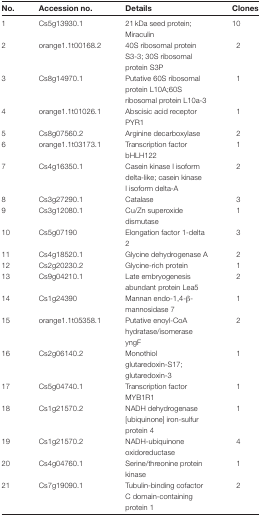
<table><thead><tr><td><b>No.</b></td><td><b>Accession no.</b></td><td><b>Details</b></td><td><b>Clones</b></td></tr></thead><tbody><tr><td>1</td><td>Cs5g13930.1</td><td>21kDa seed protein; Miraculin</td><td>10</td></tr><tr><td>2</td><td>orange1.1t00168.2</td><td>40S ribosomal protein S3-3; 30S ribosomal protein S3P</td><td>2</td></tr><tr><td>3</td><td>Cs8g14970.1</td><td>Putative 60S ribosomal protein L10A;60S ribosomal protein L10a-3</td><td>1</td></tr><tr><td>4</td><td>orange1.1t01026.1</td><td>Abscisic acid receptor PYR1</td><td>1</td></tr><tr><td>5</td><td>Cs8g07560.2</td><td>Arginine decarboxylase</td><td>2</td></tr><tr><td>6</td><td>orange1.1t03173.1</td><td>Transcription factor bHLH122</td><td>1</td></tr><tr><td>7</td><td>Cs4g16350.1</td><td>Casein kinase I isoform delta-like; casein kinase I isoform delta-A</td><td>2</td></tr><tr><td>8</td><td>Cs3g27290.1</td><td>Catalase</td><td>3</td></tr><tr><td>9</td><td>Cs3g12080.1</td><td>Cu/Zn superoxide dismutase</td><td>1</td></tr><tr><td>10</td><td>Cs5g07190</td><td>Elongation factor 1-delta 2</td><td>3</td></tr><tr><td>11</td><td>Cs4g18520.1</td><td>Glycine dehydrogenase A</td><td>2</td></tr><tr><td>12</td><td>Cs2g20230.2</td><td>Glycine-rich protein</td><td>1</td></tr><tr><td>13</td><td>Cs9g04210.1</td><td>Late embryogenesis abundant protein Lea5</td><td>2</td></tr><tr><td>14</td><td>Cs1g24390</td><td>Mannan endo-1,4-β- mannosidase 7</td><td>1</td></tr><tr><td>15</td><td>orange1.1t05358.1</td><td>Putative enoyl-CoA hydratase/isomerase yngF</td><td>2</td></tr><tr><td>16</td><td>Cs2g06140.2</td><td>Monothiol glutaredoxin-S17; glutaredoxin-3</td><td>1</td></tr><tr><td>17</td><td>Cs5g04740.1</td><td>Transcription factor MYB1R1</td><td>1</td></tr><tr><td>18</td><td>Cs1g21570.2</td><td>NADH dehydrogenase [ubiquinone] iron-sulfur protein 4</td><td>1</td></tr><tr><td>19</td><td>Cs1g21570.2</td><td>NADH-ubiquinone oxidoreductase</td><td>4</td></tr><tr><td>20</td><td>Cs4g04760.1</td><td>Serine/threonine protein kinase</td><td>1</td></tr><tr><td>21</td><td>Cs7g19090.1</td><td>Tubulin-binding cofactor C domain-containing protein 1</td><td>2</td></tr></tbody></table>